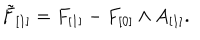
\tilde { F } _ { [ 1 ] } = F _ { [ 1 ] } - F _ { [ 0 ] } \wedge A _ { [ 1 ] } .